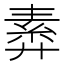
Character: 𢍣